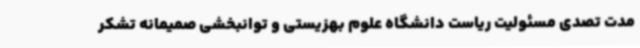
مدت تصدی مسئولیت ریاست دانشگاه علوم بهزیستی و توانبخشی صمیمانه تشکر